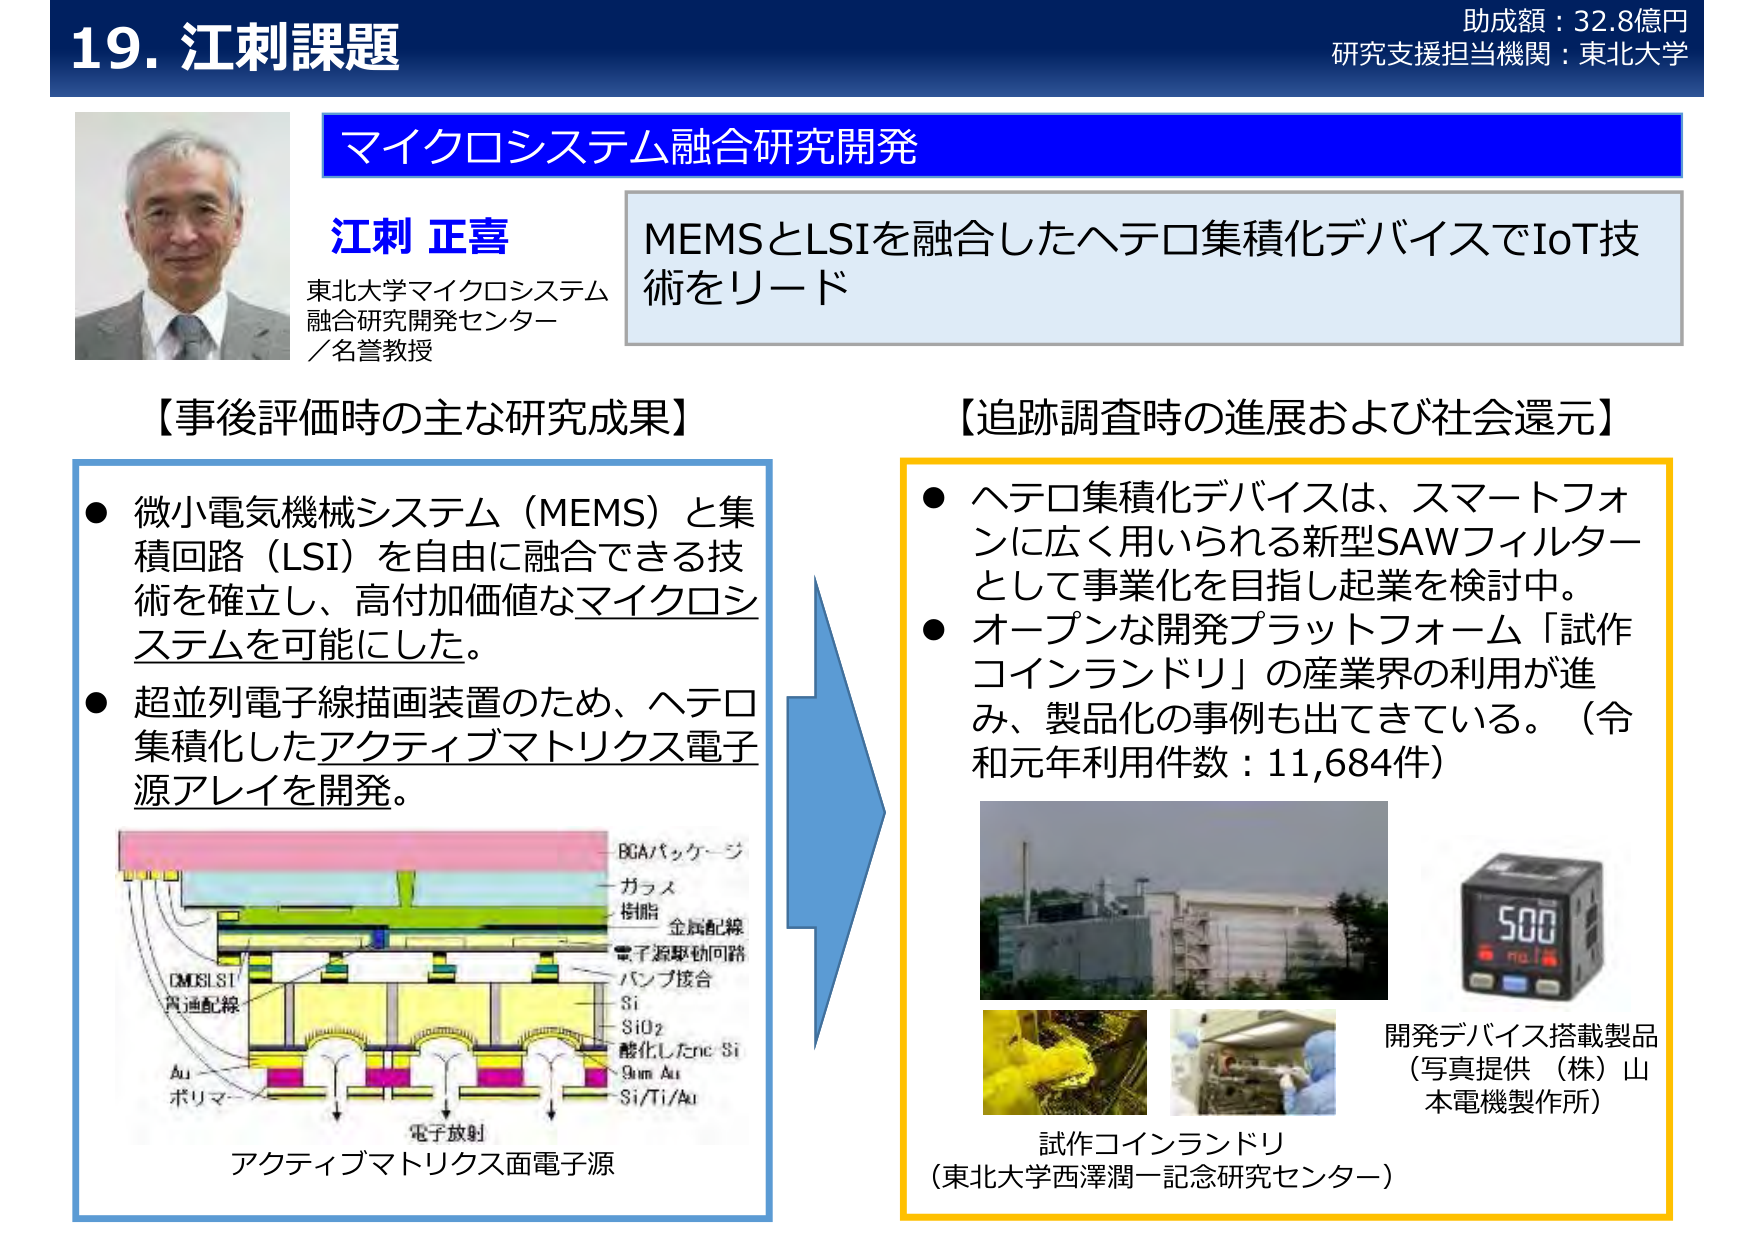
19. 江刺課題
助成額：32.8億円
研究支援担当機関：東北大学

マイクロシステム融合研究開発

江刺 正喜
東北大学マイクロシステム
融合研究開発センター
／名誉教授

MEMSとLSIを融合したヘテロ集積化デバイスでIoT技術をリード

【事後評価時の主な研究成果】
● 微小電気機械システム（MEMS）と集積回路（LSI）を自由に融合できる技術を確立し、高付加価値なマイクロシステムを可能にした。
● 超並列電子線描画装置のため、ヘテロ集積化したアクティブマトリクス電子源アレイを開発。

BGAパッケージ
ガラス
樹脂
金属配線
電子源駆動回路
バンプ接合
Si
SiO2
酸化したnc-Si
9nm Au
Si/Ti/Au
CMOSLSI
共通配線
Au
ポリマ
電子放射
アクティブマトリクス面電子源

【追跡調査時の進展および社会還元】
● ヘテロ集積化デバイスは、スマートフォンに広く用いられる新型SAWフィルターとして事業化を目指し起業を検討中。
● オープンな開発プラットフォーム「試作コインランドリ」の産業界の利用が進み、製品化の事例も出てきている。（令和元年利用件数：11,684件）

試作コインランドリ
（東北大学西澤潤一記念研究センター）

開発デバイス搭載製品
（写真提供 （株）山本電機製作所）